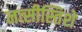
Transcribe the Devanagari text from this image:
नत्सीस्तिशे